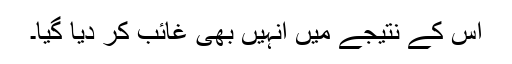
اس کے نتیجے میں انہیں بھی غائب کر دیا گیا۔